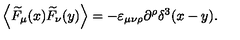
\left\langle \widetilde { F } _ { \mu } ( x ) \widetilde { F } _ { \nu } ( y ) \right\rangle = - \varepsilon _ { \mu \nu \rho } \partial ^ { \rho } \delta ^ { 3 } ( x - y ) .